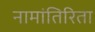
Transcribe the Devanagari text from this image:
नामांतिरिता